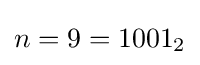
n=9=1001_{2}